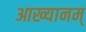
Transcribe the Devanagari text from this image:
आख्यानम्